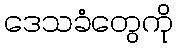
ဒေသခံတွေကို